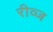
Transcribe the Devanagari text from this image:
रीव्ज